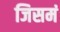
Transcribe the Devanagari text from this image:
जिसमं